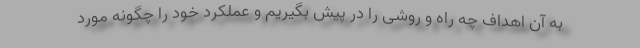
به آن اهداف چه راه و روشی را در پیش بگیریم و عملکرد خود را چگونه مورد